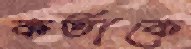
কর্তাকে